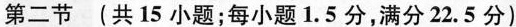
第二节 (共 15 小题;每小题 1.5 分,满分 22.5 分)